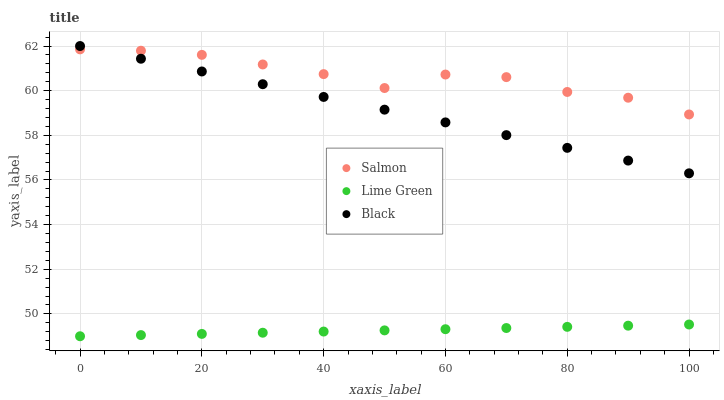
| xaxis_label | Salmon | Lime Green | Black |
 | --- | --- | --- | --- |
 | 0 | 61.9 | 49 | 62 |
 | 10 | 61.8 | 49.1 | 61.4 |
 | 20 | 61.6 | 49.1 | 60.9 |
 | 30 | 61.2 | 49.2 | 60.3 |
 | 40 | 60.7 | 49.2 | 59.7 |
 | 50 | 60.1 | 49.3 | 59.1 |
 | 60 | 60.7 | 49.3 | 58.6 |
 | 70 | 60.6 | 49.4 | 58 |
 | 80 | 59.9 | 49.4 | 57.4 |
 | 90 | 59.7 | 49.5 | 56.9 |
 | 100 | 58.9 | 49.5 | 56.3 |